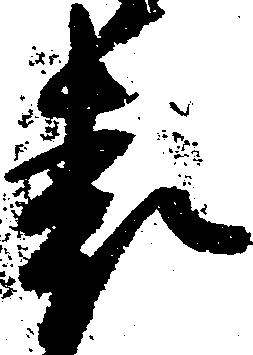
表